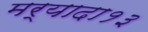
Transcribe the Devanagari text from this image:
मर्यादा१३